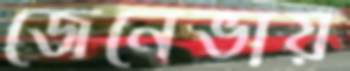
জেনেভায়